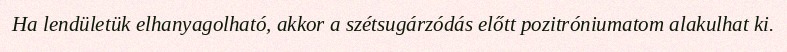
Ha lendületük elhanyagolható, akkor a szétsugárzódás előtt pozitróniumatom alakulhat ki.